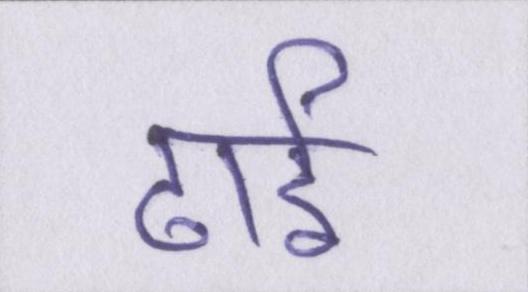
ढाई